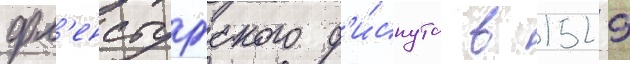
фл'енсбургского д'и́спута в 1529